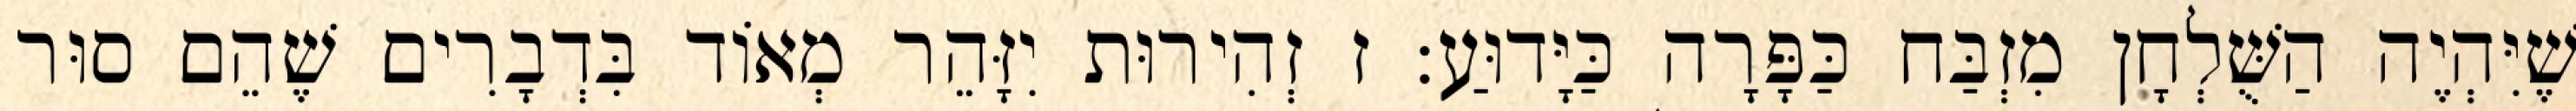
שֶׁיִּהְיֶה הַשֻּׁלְחָן מִזְבַּח כַּפָּרָה כַּיָּדוּעַ: ז זְהִירוּת יִזָּהֵר מְאוֹד בִּדְבָרִים שֶׁהֵם סוּר